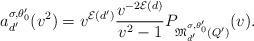
LaTeX: \begin{align*}a_{d^{\prime}}^{\sigma, \theta_0^{\prime} } (v^2)= v^{\mathcal{E}(d^{\prime})}\frac{v^{- 2\mathcal{E}(d)}}{v^2-1} P_{\mathfrak{M}^{\sigma, \theta^{\prime}_0 }_{d^{\prime}}(Q^{\prime})}(v).\end{align*}